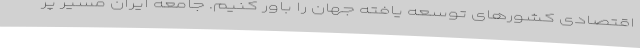
اقتصادی کشورهای توسعه یافته جهان را باور کنیم. جامعه ایران مسیر پر